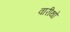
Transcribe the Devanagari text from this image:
वारीथो